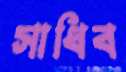
সাধিব